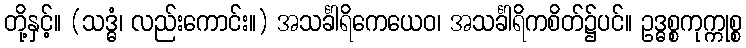
တို့နှင့်။ (သဒ္ဓံ၊ လည်းကောင်း။) အသင်္ခါရိကေယေဝ၊ အသင်္ခါရိကစိတ်၌ပင်။ ဥဒ္ဓစ္စကုက္ကုစ္စ